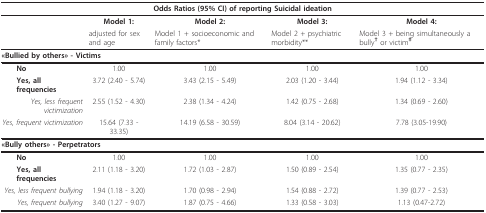
<table><thead><tr><td colspan="5"><b>Odds Ratios (95% CI) of reporting Suicidal ideation</b></td></tr></thead><tbody><tr><td></td><td><b>Model 1:</b></td><td><b>Model 2:</b></td><td><b>Model 3:</b></td><td><b>Model 4:</b></td></tr><tr><td></td><td>adjusted for sex and age</td><td>Model 1 + socioeconomic and family factors*</td><td>Model 2 + psychiatric morbidity**</td><td>Model 3 + being simultaneously a bully<b><sup>† </sup></b>or victim<b><sup>‡</sup></b></td></tr><tr><td colspan="5"><b>«Bullied by others» - Victims</b></td></tr><tr><td> <b>No</b></td><td>1.00</td><td>1.00</td><td>1.00</td><td>1.00</td></tr><tr><td> <b>Yes, all frequencies</b></td><td>3.72 (2.40 - 5.74)</td><td>3.43 (2.15 - 5.49)</td><td>2.03 (1.20 - 3.44)</td><td>1.94 (1.12 - 3.34)</td></tr><tr><td> <i>Yes, less frequent victimization</i></td><td>2.55 (1.52 - 4.30)</td><td>2.38 (1.34 - 4.24)</td><td>1.42 (0.75 - 2.68)</td><td>1.34 (0.69 - 2.60)</td></tr><tr><td><i>Yes, frequent victimization</i></td><td>15.64 (7.33 - 33.35)</td><td>14.19 (6.58 - 30.59)</td><td>8.04 (3.14 - 20.62)</td><td>7.78 (3.05-19.90)</td></tr><tr><td colspan="5"><b>«Bully others» - Perpetrators</b></td></tr><tr><td> <b>No</b></td><td>1.00</td><td>1.00</td><td>1.00</td><td>1.00</td></tr><tr><td> <b>Yes, all frequencies</b></td><td>2.11 (1.18 - 3.20)</td><td>1.72 (1.03 - 2.87)</td><td>1.50 (0.89 - 2.54)</td><td>1.35 (0.77 - 2.35)</td></tr><tr><td><i>Yes, less frequent bullying</i></td><td>1.94 (1.18 - 3.20)</td><td>1.70 (0.98 - 2.94)</td><td>1.54 (0.88 - 2.72)</td><td>1.39 (0.77 - 2.53)</td></tr><tr><td><i>Yes, frequent bullying</i></td><td>3.40 (1.27 - 9.07)</td><td>1.87 (0.75 - 4.66)</td><td>1.33 (0.58 - 3.03)</td><td>1.13 (0.47-2.72)</td></tr></tbody></table>